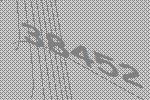
38452